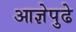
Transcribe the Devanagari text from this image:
आज्ञेपुढे